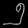
Digit: ၅